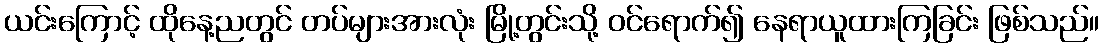
ယင်းကြောင့် ထိုနေ့ညတွင် တပ်များအားလုံး မြို့တွင်းသို့ ဝင်ရောက်၍ နေရာယူထားကြခြင်း ဖြစ်သည်။